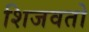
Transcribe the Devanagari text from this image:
शिजवतो